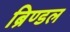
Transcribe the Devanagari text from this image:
ब्रिण्डल